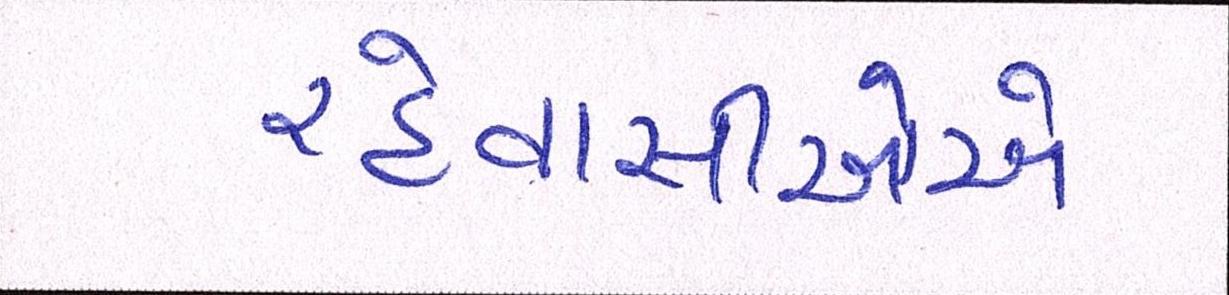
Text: રહેવાસીઓએ